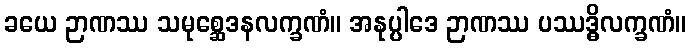
ခယေ ဉာဏဿ သမုစ္ဆေဒနလက္ခဏံ။ အနုပ္ပါဒေ ဉာဏဿ ပဿဒ္ဓိလက္ခဏံ။